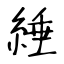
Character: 綞